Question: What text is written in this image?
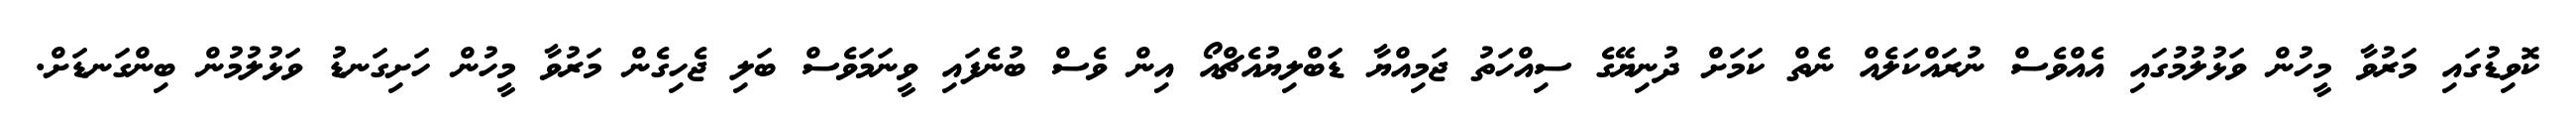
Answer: ކޮވިޑުގައި މަރުވާ މީހުން ވަޅުލުމުގައި އެއްވެސް ނުރައްކަލެއް ނެތް ކަމަށް ދުނިޔޭގެ ސިއްހަތު ޖަމިއްޔާ ޑަބްލިޔުއެޗްއޯ އިން ވެސް ބުނެފައި ވީނަމަވެސް ބަލި ޖެހިގެން މަރުވާ މީހުން ހަށިގަނޑު ވަޅުލުމުން ބިންގަނޑަށް.